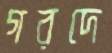
গরদে